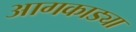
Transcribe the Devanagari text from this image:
आगकाड्या